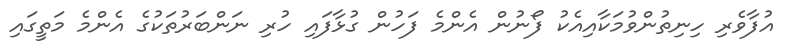
އުފާވެރި ހިނިތުންވުމަކާއިއެކު ފޯނުން އެންމެ ފަހުން ގުޅާފައި ހުރި ނަންބަރުތަކުގެ އެންމެ މަތީގައި